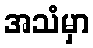
အသံမှာ